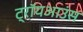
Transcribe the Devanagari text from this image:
ट्रॉयआउंस